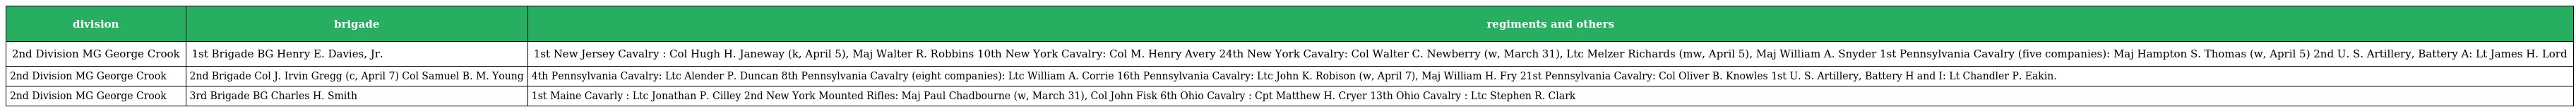
| division | brigade | regiments and others |
 | --- | --- | --- |
 | 2nd Division MG George Crook | 1st Brigade BG Henry E. Davies, Jr. | 1st New Jersey Cavalry : Col Hugh H. Janeway (k, April 5), Maj Walter R. Robbins 10th New York Cavalry: Col M. Henry Avery 24th New York Cavalry: Col Walter C. Newberry (w, March 31), Ltc Melzer Richards (mw, April 5), Maj William A. Snyder 1st Pennsylvania Cavalry (five companies): Maj Hampton S. Thomas (w, April 5) 2nd U. S. Artillery, Battery A: Lt James H. Lord |
 | 2nd Division MG George Crook | 2nd Brigade Col J. Irvin Gregg (c, April 7) Col Samuel B. M. Young | 4th Pennsylvania Cavalry: Ltc Alender P. Duncan 8th Pennsylvania Cavalry (eight companies): Ltc William A. Corrie 16th Pennsylvania Cavalry: Ltc John K. Robison (w, April 7), Maj William H. Fry 21st Pennsylvania Cavalry: Col Oliver B. Knowles 1st U. S. Artillery, Battery H and I: Lt Chandler P. Eakin. |
 | 2nd Division MG George Crook | 3rd Brigade BG Charles H. Smith | 1st Maine Cavarly : Ltc Jonathan P. Cilley 2nd New York Mounted Rifles: Maj Paul Chadbourne (w, March 31), Col John Fisk 6th Ohio Cavalry : Cpt Matthew H. Cryer 13th Ohio Cavalry : Ltc Stephen R. Clark |